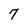
Character: 7